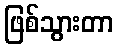
ဖြစ်သွားတာ